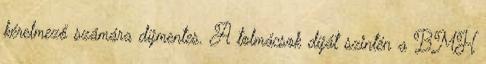
kérelmező számára díjmentes. A tolmácsok díját szintén a BMH